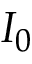
I _ { 0 }